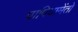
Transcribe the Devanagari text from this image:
पापियामेंतो